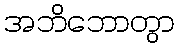
အဘိဘောတွာ